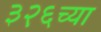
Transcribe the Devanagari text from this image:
३२६च्या